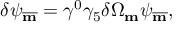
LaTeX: \delta \psi _ { \overline { { { \bf m } } } } = \gamma ^ { 0 } \gamma _ { 5 } \delta \Omega _ { \bf m } \psi _ { \overline { { { \bf m } } } } ,